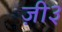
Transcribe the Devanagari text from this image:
ज़ी३